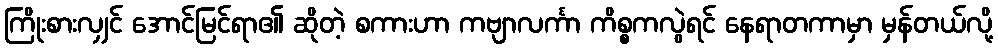
ကြိုးစားလျှင် အောင်မြင်ရာ၏ ဆိုတဲ့ စကားဟာ ကဗျာလင်္ကာ ကိစ္စကလွဲရင် နေရာတကာမှာ မှန်တယ်လို့